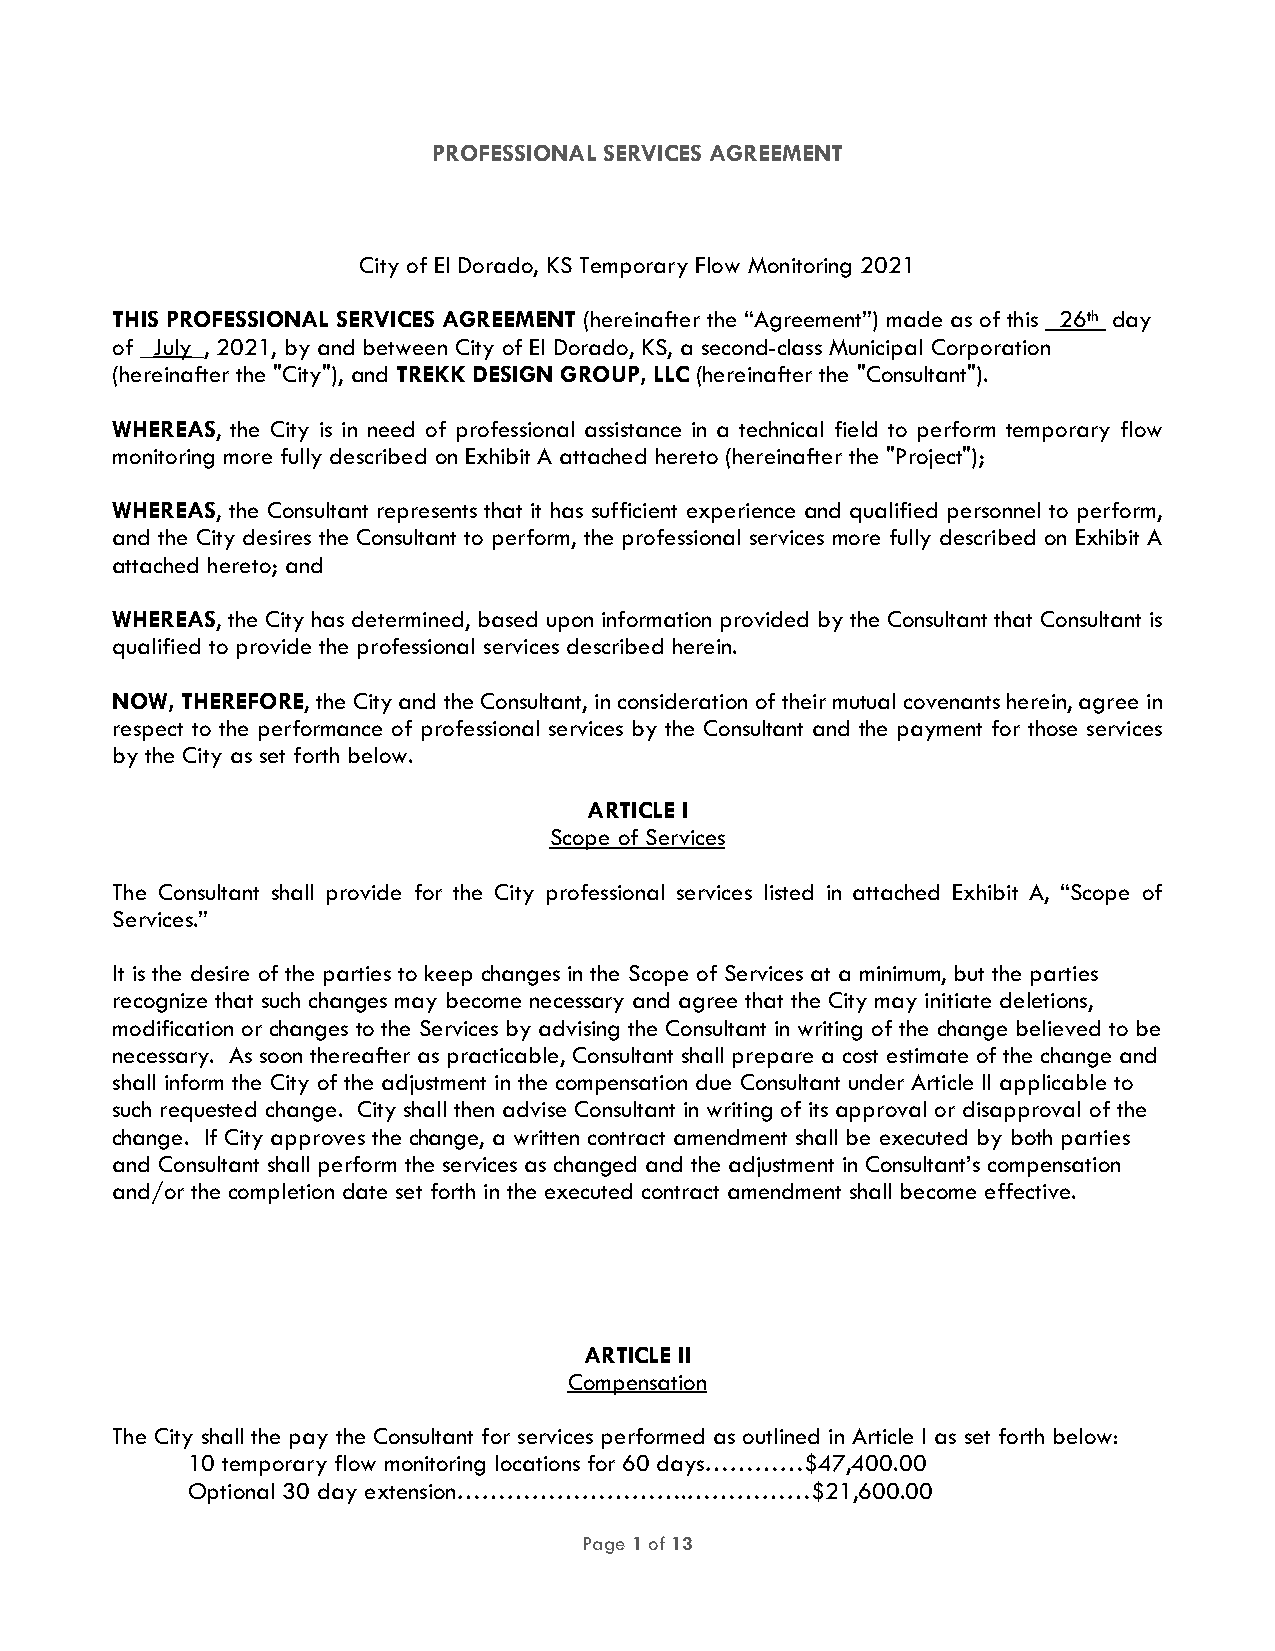
PROFESSIONAL SERVICES AGREEMENT
 City of El Dorado, KS Temporary Flow Monitoring 2021
 THIS PROFESSIONAL SERVICES AGREEMENT (hereinafter the “Agreement”) made as of this 26th day
 of _July_, 2021, by and between City of El Dorado, KS, a second-class Municipal Corporation
 (hereinafter the "City"), and TREKK DESIGN GROUP, LLC (hereinafter the "Consultant").
 WHEREAS, the City is in need of professional assistance in a technical field to perform temporary flow
 monitoring more fully described on Exhibit A attached hereto (hereinafter the "Project");
 WHEREAS, the Consultant represents that it has sufficient experience and qualified personnel to perform,
 and the City desires the Consultant to perform, the professional services more fully described on Exhibit A
 attached hereto; and
 WHEREAS, the City has determined, based upon information provided by the Consultant that Consultant is
 qualified to provide the professional services described herein.
 NOW, THEREFORE, the City and the Consultant, in consideration of their mutual covenants herein, agree in
 respect to the performance of professional services by the Consultant and the payment for those services
 by the City as set forth below.
 ARTICLE I
 Scope of Services
 The Consultant shall provide for the City professional services listed in attached Exhibit A, “Scope of
 Services.”
 It is the desire of the parties to keep changes in the Scope of Services at a minimum, but the parties
 recognize that such changes may become necessary and agree that the City may initiate deletions,
 modification or changes to the Services by advising the Consultant in writing of the change believed to be
 necessary. As soon thereafter as practicable, Consultant shall prepare a cost estimate of the change and
 shall inform the City of the adjustment in the compensation due Consultant under Article II applicable to
 such requested change. City shall then advise Consultant in writing of its approval or disapproval of the
 change. If City approves the change, a written contract amendment shall be executed by both parties
 and Consultant shall perform the services as changed and the adjustment in Consultant’s compensation
 and/or the completion date set forth in the executed contract amendment shall become effective.
 ARTICLE II
 Compensation
 The City shall the pay the Consultant for services performed as outlined in Article I as set forth below:
 10 temporary flow monitoring locations for 60 days…………$47,400.00
 Optional 30 day extension……………………….……………$21,600.00
 Page 1 of 13